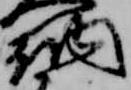
納